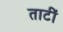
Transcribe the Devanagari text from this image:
ताटीं